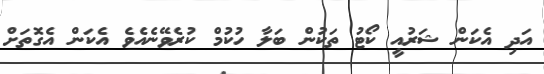
އަދި އެކަން ޝަރުއީ ކޯޓު ތަކުން ބަލާ ހުކުމް ކުރެވޭނެއެވެ އެކަން އެގޮތަށް